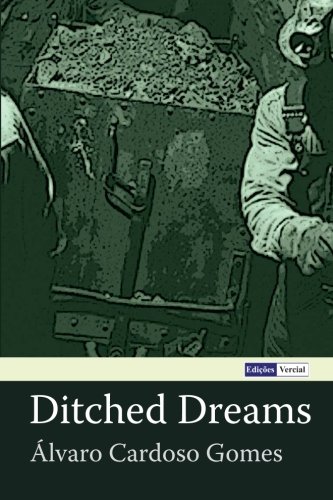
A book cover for Ditched Dreams; ÃElvaro Cardoso Gomes; Sports & Outdoors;